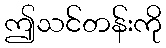
ဤသင်တန်းကို